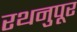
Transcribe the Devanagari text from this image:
रथनुपूर